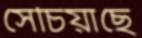
সেচিয়াছে